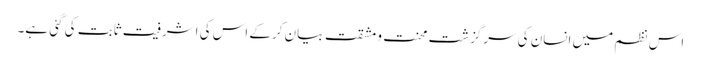
اس نظم میں انسان کی سرگزشت محنت و مشقت بیان کرکے اس کی اشرفیت ثابت کی گئی ہے۔